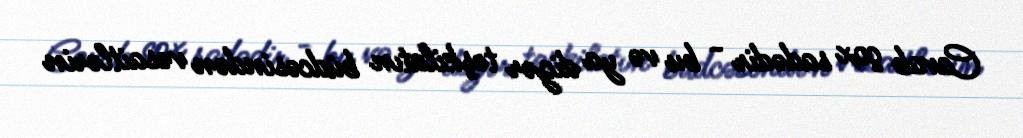
Cavab çox sadədir - bu və ya digər təşkilatın büdcəsindən vəsaitlərin